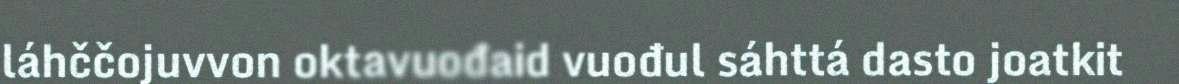
láhččojuvvon oktavuođaid vuođul sáhttá dasto joatkit